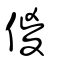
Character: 傻